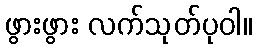
ဖွားဖွား လက်သုတ်ပုဝါ။